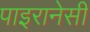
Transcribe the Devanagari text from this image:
पाइरानेसी